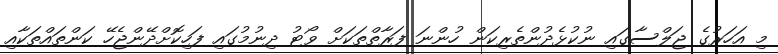
މި އަހަރުގެ ޖަލްސާގައި ނުކުޅެދުންތެރިކަން ހުންނަ ފަރާތްތަކަށް ވޯޓު ދިނުމުގައި ފަހިކޮށްދޭންޖެހޭ ކަންތައްތަކާއި